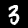
Label: 3